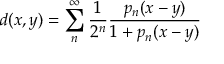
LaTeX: d ( x , y ) = \sum _ { n } ^ { \infty } { \frac { 1 } { 2 ^ { n } } } { \frac { p _ { n } ( x - y ) } { 1 + p _ { n } ( x - y ) } }